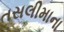
તસલીમાના